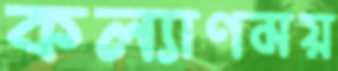
কল্যাণময়